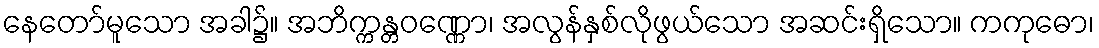
နေတော်မူသော အခါ၌။ အဘိက္ကန္တဝဏ္ဏော၊ အလွန်နှစ်လိုဖွယ်သော အဆင်းရှိသော။ ကကုဓော၊